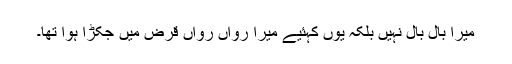
میرا بال بال نہیں بلکہ یوں کہئیے میرا رواں رواں قرض میں جکڑا ہوا تھا۔